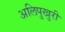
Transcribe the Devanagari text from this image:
अलिपुखुरी